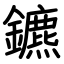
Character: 鑣